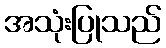
အသုံးပြုသည်